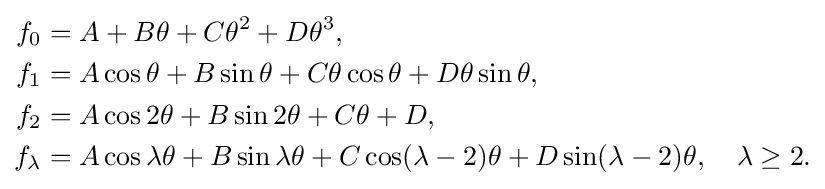
{\begin{aligned}f_{0}&=A+B\theta +C\theta ^{2}+D\theta ^{3},\\f_{1}&=A\cos \theta +B\sin \theta +C\theta \cos \theta +D\theta \sin \theta ,\\f_{2}&=A\cos 2\theta +B\sin 2\theta +C\theta +D,\\f_{\lambda }&=A\cos \lambda \theta +B\sin \lambda \theta +C\cos(\lambda -2)\theta +D\sin(\lambda -2)\theta ,\quad \lambda \geq 2.\end{aligned}}